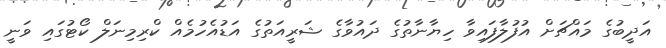
އަދީބުގެ މައްޗަށް އުފުލާފައިވާ ހިޔާނާތުގެ ދައުވާގެ ޝަރީއަތުގެ އަޑުއެހުމެއް ކްރިމިނަލް ކޯޓުގައި ވަނީ